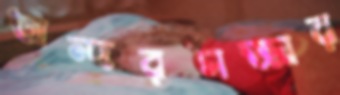
অন্দরসজ্জার